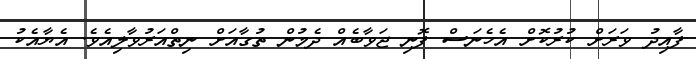
ފާއިދު ވަރަށް ކުރުކޮށް އެހެނަސް ފޮނި ޖަވާބެއް ދެމުން ތުގާއަށް ނިތްއަރުވާލިއެވެ. އެޔާއެކު